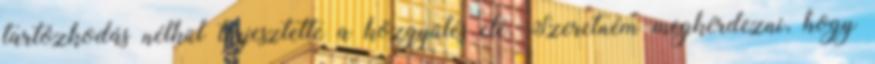
tartózkodás nélkül terjesztette a közgyűlés elé. Szeretném megkérdezni, hogy